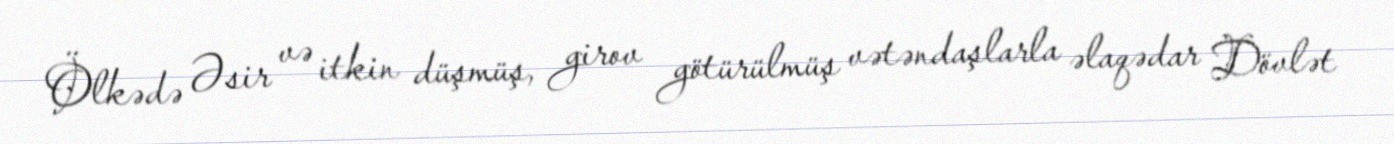
Ölkədə Əsir və itkin düşmüş, girov götürülmüş vətəndaşlarla əlaqədar Dövlət